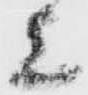
上